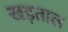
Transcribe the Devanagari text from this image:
खड़ताल